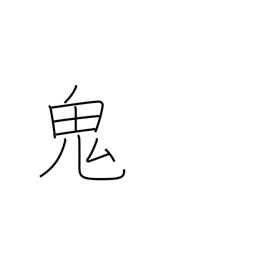
Meaning: ghost